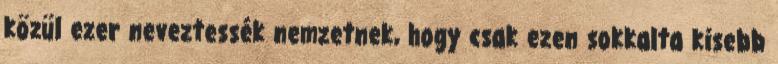
közül ezer neveztessék nemzetnek, hogy csak ezen sokkalta kisebb